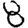
Digit: 8